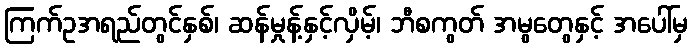
ကြက်ဥအရည်တွင်နှစ်၊ ဆန်မှုန့်နှင့်လှိမ့်၊ ဘီစကွတ် အမွတွေနှင့် အပေါ်မှ